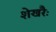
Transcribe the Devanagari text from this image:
शेखरैः